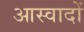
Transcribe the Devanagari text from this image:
आस्वादों